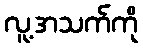
လူ့အသက်ကို